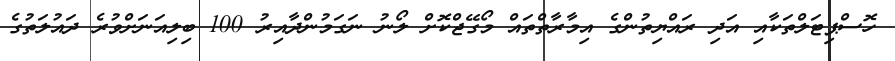
ހޮސްޕިޓަލްތަކާއި އަދި ރައްޔިތުންގެ އިމާރާތްތައް މޯގޭޖްކޮށް ލޯނު ނަގަމުންދާއިރު 100 ބިލިއަނަށްވުރެ ދައުލަތުގެ